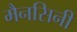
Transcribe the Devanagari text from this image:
मैनसिनी